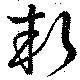
斬